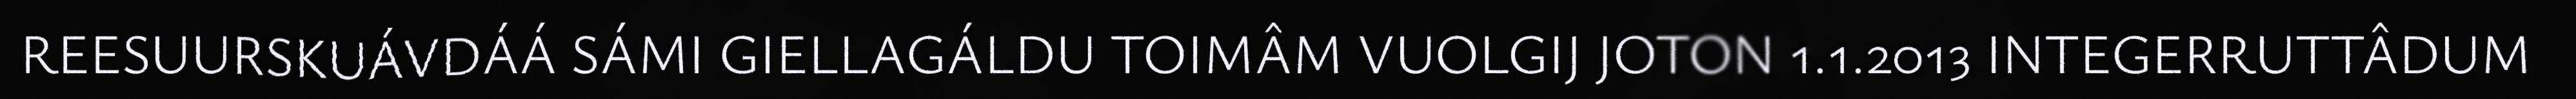
REESUURSKUÁVDÁÁ SÁMI GIELLAGÁLDU TOIMÂM VUOLGIJ JOTON 1.1.2013 INTEGERRUTTÂDUM